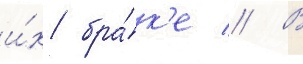
и́х бра́к'е // В